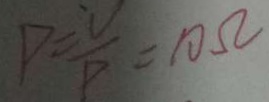
P = \frac { V } { P } = 1 0 5 2